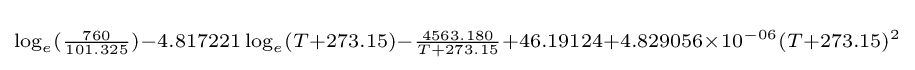
\scriptstyle \log _{e}({\frac {760}{101.325}})-4.817221\log _{e}(T+273.15)-{\frac {4563.180}{T+273.15}}+46.19124+4.829056\times 10^{-06}(T+273.15)^{2}